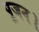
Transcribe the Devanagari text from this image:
पूजन।